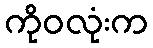
ကိုဝလုံးက